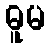
ဓူမ